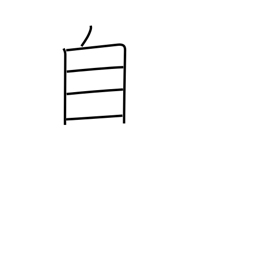
Meaning: oneself